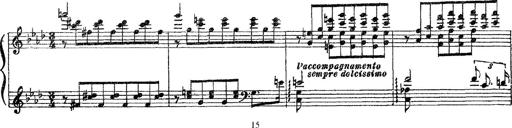
Title: 3 sonetti di Petrarca
Composer: Franz Liszt